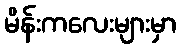
မိန်းကလေးများမှာ